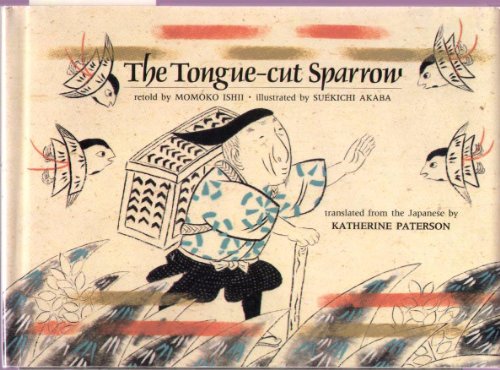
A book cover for The Tongue-Cut Sparrow; Momoko Ishii; Children's Books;